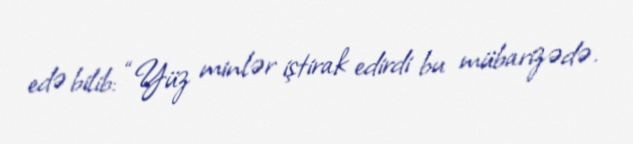
edə bilib: “Yüz minlər iştirak edirdi bu mübarizədə.